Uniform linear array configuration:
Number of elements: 8
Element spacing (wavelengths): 0.75
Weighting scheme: blackman
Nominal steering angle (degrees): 30
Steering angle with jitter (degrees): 30.289
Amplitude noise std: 0.05
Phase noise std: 0.05

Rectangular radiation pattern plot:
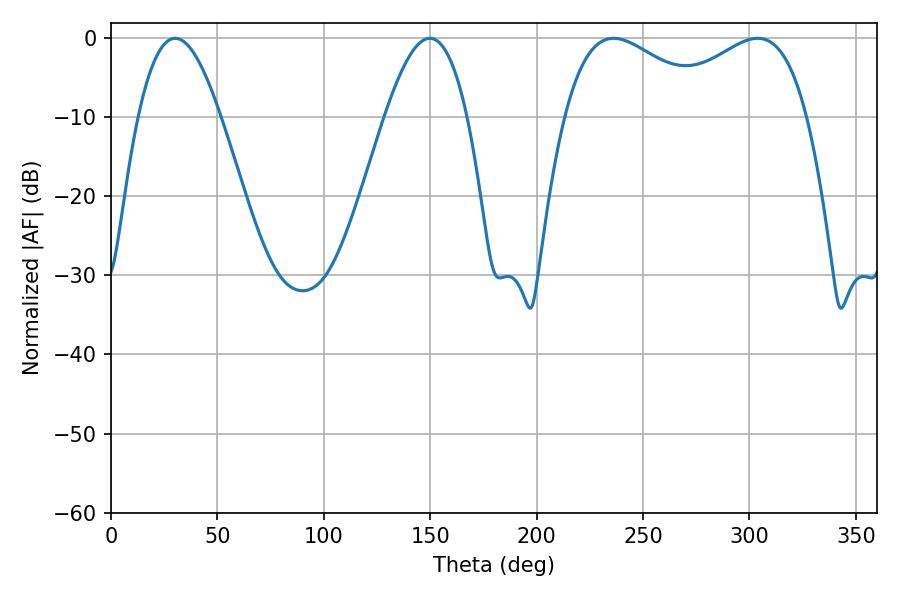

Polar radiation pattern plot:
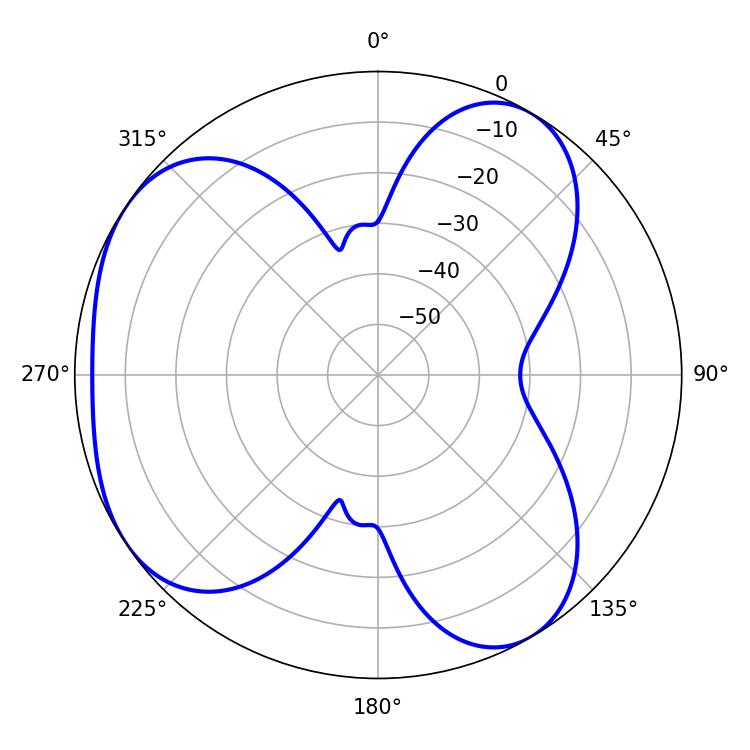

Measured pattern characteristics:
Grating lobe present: TRUE
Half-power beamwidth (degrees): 39.06
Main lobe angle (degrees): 303.84